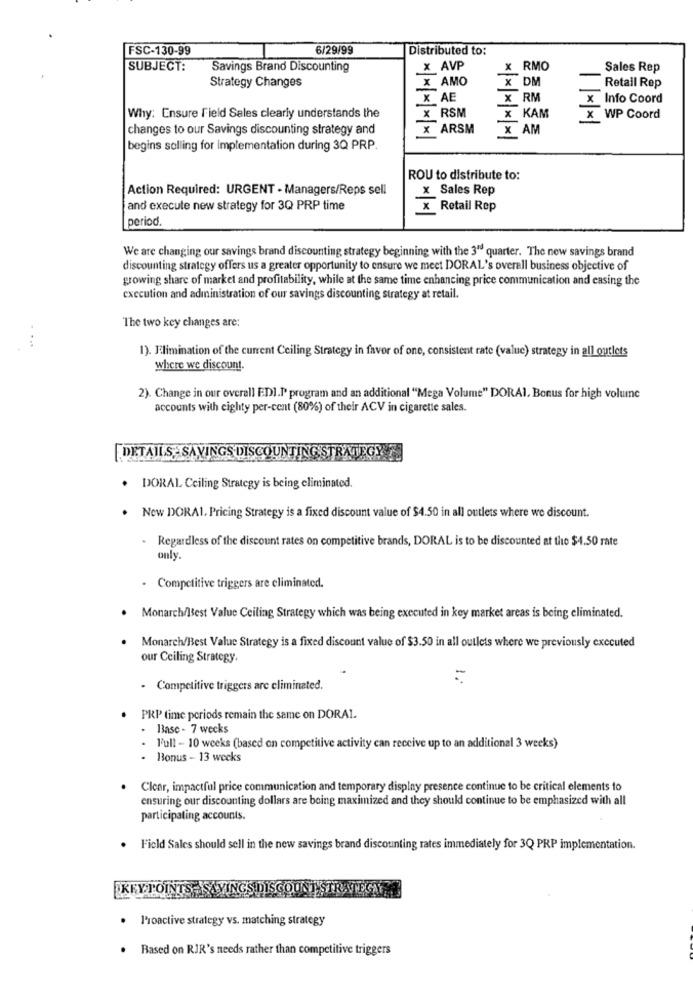
FSC-130-99
6/29/99
Distributed to:
SUBJECT:
Savings Brand Discounting
X AVP
x RMO
Sales Rep
Strategy Changes
X AMO
X DM
Retail Rep
X AE
X RM
x Info Coord
x RSM
Why: Ensure Field Sales clearly understands the
x KAM
X WP Coord
changes to our Savings discounting strategy and
X ARSM
X AM
begins selling for implementation during 3Q PRP.
ROU to distribute to:
Action Required: URGENT - Managers/Reps sell
X Sales Rep
and execute new strategy for 3Q PRP time
X Retail Rep
period.
We are changing our savings brand discounting strategy beginning with the 3" quarter. The new savings brand
discounting strategy offers us a greater opportunity to ensure we meet DORAL's overall business objective of
growing share of market and profitability, while at the same time enhancing price communication and casing the
execution and administration of our savings discounting strategy at retail.
The two key changes are:
1). Elimination of the current Ceiling Strategy in favor of one, consistent rate (value) strategy in all outlets
where we discount.
2). Change in our overall EDI.P program and an additional "Mega Volume" DORAI, Bonus for high volume
accounts with eighty per-cent (80%) of their ACV in cigarette sales.
DETAILS - SAYINGS DISCOUNTING STRATEGY
. DORAL Ceiling Strategy is being eliminated.
New DORAL, Pricing Strategy is a fixed discount value of $4.50 in all outlets where we discount.
Regardless of the discount rates on competitive brands, DORAL is to be discounted at the $4.50 rate
only.
- Competitive triggers are eliminated.
. Monarch/Best Value Ceiling Strategy which was being executed in key market areas is being eliminated.
Monarch/Best Value Strategy is a fixed discount value of $3.50 in all outlets where we previously executed
our Ceiling Strategy.
=
- Competitive triggers are eliminated.
PRP time periods remain the same on DORAL
Base - 7 weeks
- Full - 10 weeks (based on competitive activity can receive up to an additional 3 weeks)
- Bonus - 13 weeks
Clear, impactful price communication and temporary display presence continue to be critical elements to
ensuring our discounting dollars are being maximized and they should continue to be emphasized with all
participating accounts.
. Field Sales should sell in the new savings brand discounting rates immediately for 3Q PRP implementation.
KEY POINTS
INGS DISCOUNT STRATEG
· Proactive strategy vs. matching strategy
. Based on RJR's needs rather than competitive triggers